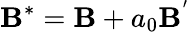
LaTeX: \textbf{B}^{*}=\textbf{B}+a_{0}\textbf{B}^{'}